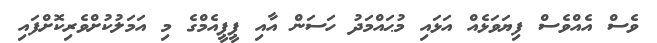
ވެސް އެއްވެސް ފިޔަވަޅެއް އަޅައި މުޙައްމަދު ހަސަން އާއި ޕީޕީއެމްގެ މި އަމަލުކުށްވެރިކޮށްފައި